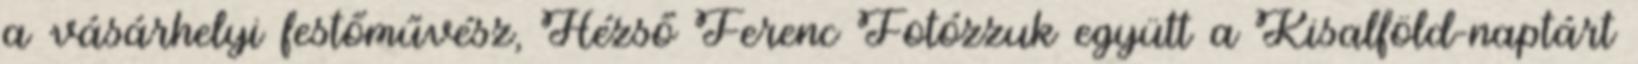
a vásárhelyi festőművész, Hézső Ferenc Fotózzuk együtt a Kisalföld-naptárt